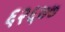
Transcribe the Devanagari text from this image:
६२६७७